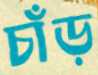
চাঁড়